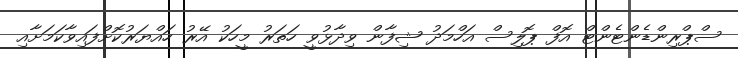
ސްޕްރިންޑެންޓެންޓް އޮފް ޕޮލިސް އަހްމަދު ޝިފާން ވިދާޅުވީ ހަތަރު މީހަކު އޭރު ހައްޔަރުކޮށްފައިވާކަމަށާއި